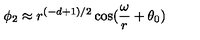
\phi _ { 2 } \approx r ^ { ( - d + 1 ) / 2 } \cos ( \frac { \omega } { r } + \theta _ { 0 } )